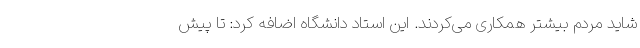
شاید مردم بیشتر همکاری می‌کردند. این استاد دانشگاه اضافه کرد: تا پیش